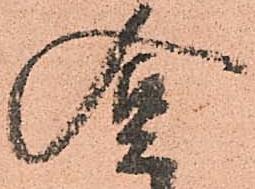
含